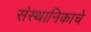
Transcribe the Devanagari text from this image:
संस्थानिकाचे